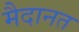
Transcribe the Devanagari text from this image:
मैदानत